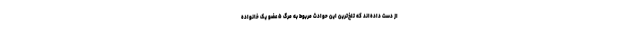
از دست داده‌اند که تلخ‌ترین این حوادث مربوط به مرگ ۵ عضو یک خانواده